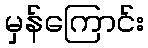
မှန်ကြောင်း